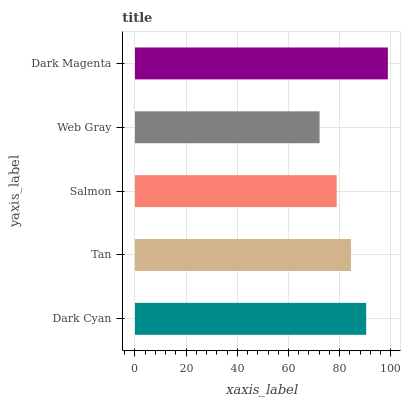
| yaxis_label | bars |
 | --- | --- |
 | Dark Cyan | 90.4 |
 | Tan | 84.4 |
 | Salmon | 78.8 |
 | Web Gray | 72.1 |
 | Dark Magenta | 98.8 |